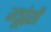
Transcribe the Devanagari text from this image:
ज्यूद्वेशी